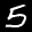
Label: 5